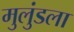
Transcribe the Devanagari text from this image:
मुलुंडला